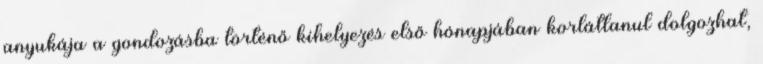
anyukája a gondozásba történő kihelyezés első hónapjában korlátlanul dolgozhat,